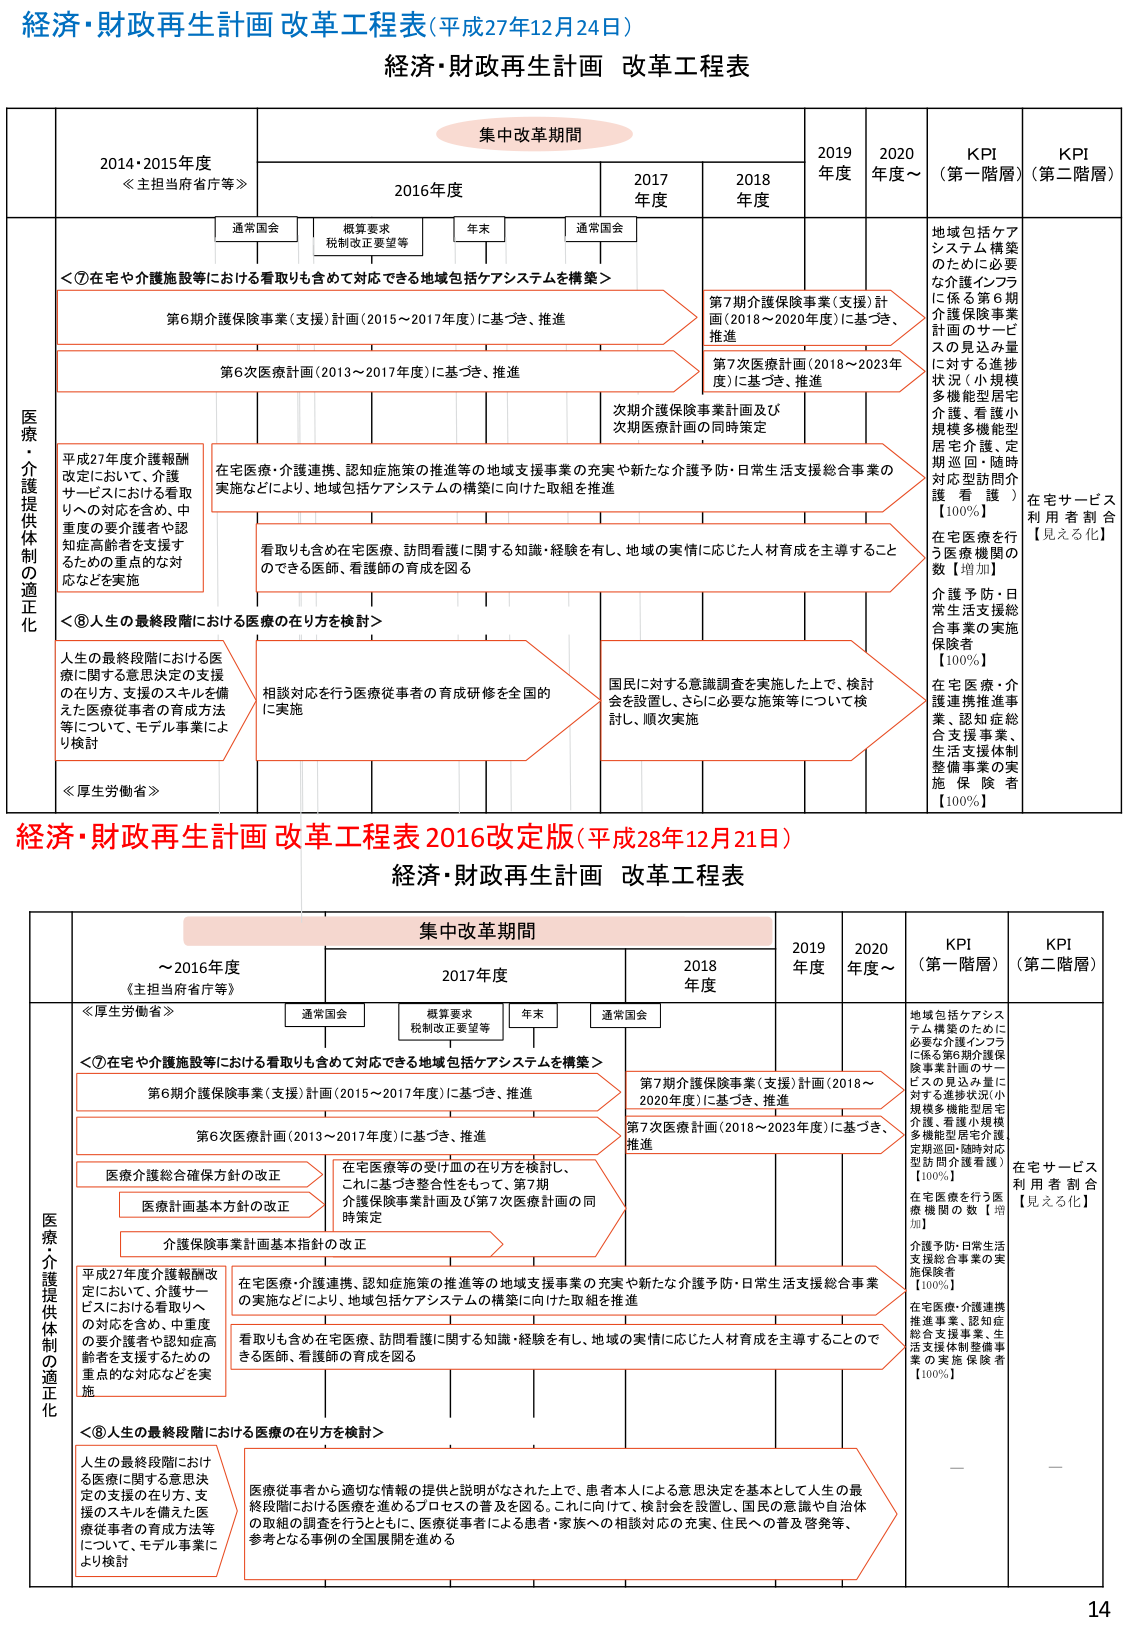
経済・財政再生計画 改革工程表（平成27年12月24日）
経済・財政再生計画 改革工程表

集中改革期間
2014年度・2015年度
≪主担当府省庁等≫
2016年度
2017年度
2018年度
2019年度
2020年度～
KPI（第一階層）
KPI（第二階層）

通常国会
概算要求
税制改正要望等
年末
通常国会

医療・介護提供体制の適正化

＜⑦在宅や介護施設等における看取りも含めて対応できる地域包括ケアシステムを構築＞
第6期介護保険事業（支援）計画（2015～2017年度）に基づき、推進
第6次医療計画（2013～2017年度）に基づき、推進
第7期介護保険事業（支援）計画（2018～2020年度）に基づき、推進
第7次医療計画（2018～2023年度）に基づき、推進
次期介護保険事業計画及び次期医療計画の同時策定

平成27年度介護報酬改定において、介護サービスにおける看取りへの対応を含め、中重度の要介護者や認知症高齢者を支援するための重点的な対応などを実施
在宅医療・介護連携、認知症施策の推進等の地域支援事業の充実や新たな介護予防・日常生活支援総合事業の実施などにより、地域包括ケアシステムの構築に向けた取組を推進
看取りも含め在宅医療、訪問看護に関する知識・経験を有し、地域の実情に応じた人材育成を主導することのできる医師、看護師の育成を図る

＜⑧人生の最終段階における医療の在り方を検討＞
人生の最終段階における医療に関する意思決定の支援の在り方、支援のスキルを備えた医療従事者の育成方法等について、モデル事業により検討
相談対応を行う医療従事者の育成研修を全国的に実施
国民に対する意識調査を実施した上で、検討会を設置し、さらに必要な施策等について検討し、順次実施

KPI（第一階層）
地域包括ケアシステム構築のために必要な介護インフラに係る第6期介護保険事業計画のサービスの見込み量に対する進捗状況（小規模多機能型居宅介護、看護小規模多機能型居宅介護、定期巡回・随時対応型訪問介護 看護）【100％】
在宅医療を行う医療機関の数【増加】
介護予防・日常生活支援総合事業の実施保険者【100％】
在宅医療・介護連携推進事業、認知症総合支援事業、生活支援体制整備事業の実施保険者【100％】

KPI（第二階層）
在宅サービス利用者割合【見える化】

経済・財政再生計画 改革工程表 2016改定版（平成28年12月21日）
経済・財政再生計画 改革工程表

集中改革期間
～2016年度
《主担当府省庁等》
2017年度
2018年度
2019年度
2020年度～
KPI（第一階層）
KPI（第二階層）

通常国会
概算要求
税制改正要望等
年末
通常国会

医療・介護提供体制の適正化

＜⑦在宅や介護施設等における看取りも含めて対応できる地域包括ケアシステムを構築＞
第6期介護保険事業（支援）計画（2015～2017年度）に基づき、推進
第6次医療計画（2013～2017年度）に基づき、推進
第7期介護保険事業（支援）計画（2018～2020年度）に基づき、推進
第7次医療計画（2018～2023年度）に基づき、推進
医療介護総合確保方針の改正
医療計画基本方針の改正
介護保険事業計画基本指針の改正
在宅医療等の受け皿の在り方を検討し、これに基づき整合性をもって、第7期介護保険事業計画及び第7次医療計画の同時策定

平成27年度介護報酬改定において、介護サービスにおける看取りへの対応を含め、中重度の要介護者や認知症高齢者を支援するための重点的な対応などを実施
在宅医療・介護連携、認知症施策の推進等の地域支援事業の充実や新たな介護予防・日常生活支援総合事業の実施などにより、地域包括ケアシステムの構築に向けた取組を推進
看取りも含め在宅医療、訪問看護に関する知識・経験を有し、地域の実情に応じた人材育成を主導することのできる医師、看護師の育成を図る

＜⑧人生の最終段階における医療の在り方を検討＞
人生の最終段階における医療に関する意思決定の支援の在り方、支援のスキルを備えた医療従事者の育成方法等について、モデル事業により検討
医療従事者から適切な情報の提供と説明がなされた上で、患者本人による意思決定を基本として人生の最終段階における医療を進めるプロセスの普及を図る。これに向けて、検討会を設置し、国民の意識や自治体の取組の調査を行うとともに、医療従事者による患者・家族への相談対応の充実、住民への普及啓発等、参考となる事例の全国展開を進める

KPI（第一階層）
地域包括ケアシステム構築のために必要な介護インフラに係る第6期介護保険事業計画のサービスの見込み量に対する進捗状況（小規模多機能型居宅介護、看護小規模多機能型居宅介護、定期巡回・随時対応型訪問介護看護）【100％】
在宅医療を行う医療機関の数【増加】
介護予防・日常生活支援総合事業の実施保険者【100％】
在宅医療・介護連携推進事業、認知症総合支援事業、生活支援体制整備事業の実施保険者【100％】

KPI（第二階層）
在宅サービス利用者割合【見える化】

14